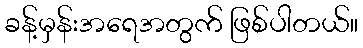
ခန့်မှန်းအရေအတွက် ဖြစ်ပါတယ်။